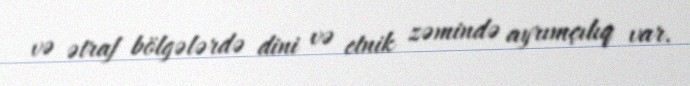
və ətraf bölgələrdə dini və etnik zəmində ayrımçılıq var.